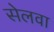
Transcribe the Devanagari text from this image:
सेलवा